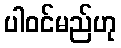
ပါဝင်မည်ဟု